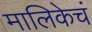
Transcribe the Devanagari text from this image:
मालिकेचं